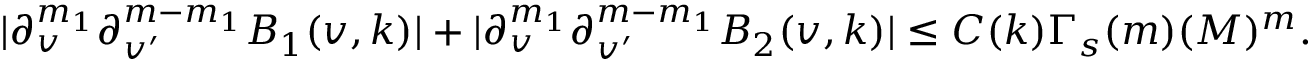
\begin{array} { r } { | \partial _ { v } ^ { m _ { 1 } } \partial _ { v ^ { \prime } } ^ { m - m _ { 1 } } B _ { 1 } ( v , k ) | + | \partial _ { v } ^ { m _ { 1 } } \partial _ { v ^ { \prime } } ^ { m - m _ { 1 } } B _ { 2 } ( v , k ) | \leq C ( k ) \Gamma _ { s } ( m ) ( M ) ^ { m } . } \end{array}